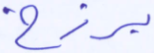
برزخ